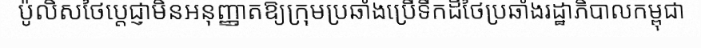
ប៉ូលិសថៃប្តេជ្ញាមិនអនុញ្ញាតឱ្យក្រុមប្រឆាំងប្រើទឹកដីថៃប្រឆាំងរដ្ឋាភិបាលកម្ពុជា